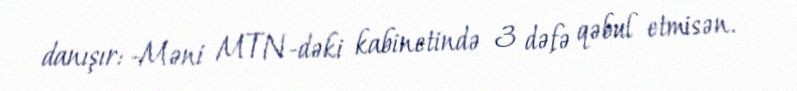
danışır: -Məni MTN-dəki kabinetində 3 dəfə qəbul etmisən.